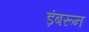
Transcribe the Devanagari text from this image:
ड़ंबरून